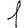
Digit: 1